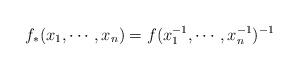
LaTeX: \begin{align*} f_*(x_1,\cdots,x_n)=f(x_1^{-1},\cdots,x_n^{-1})^{-1} \end{align*}